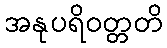
အနုပရိဝတ္တတိ